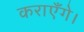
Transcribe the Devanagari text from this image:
कराएँगे।